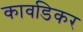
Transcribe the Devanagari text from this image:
कावडिकर